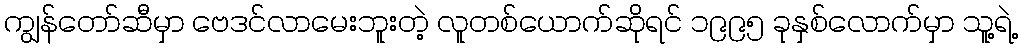
ကျွန်တော်ဆီမှာ ဗေဒင်လာမေးဘူးတဲ့ လူတစ်ယောက်ဆိုရင် ၁၉၉၅ ခုနှစ်လောက်မှာ သူ့ရဲ့